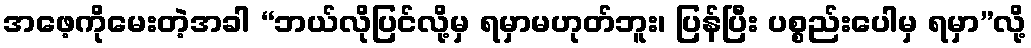
အဖေ့ကိုမေးတဲ့အခါ “ဘယ်လိုပြင်လို့မှ ရမှာမဟုတ်ဘူး၊ ပြန်ပြီး ပစ္စည်းပေါမှ ရမှာ”လို့